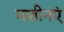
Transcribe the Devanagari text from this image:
मशीनएं